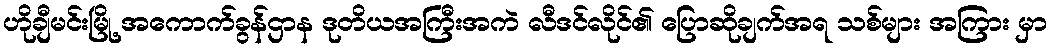
ဟိုချီမင်းမြို့ အကောက်ခွန်ဌာန ဒုတိယအကြီးအကဲ လီဒင်လိုင်၏ ပြောဆိုချက်အရ သစ်များ အကြား မှာ